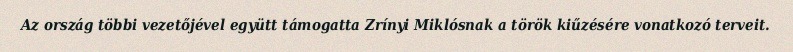
Az ország többi vezetőjével együtt támogatta Zrínyi Miklósnak a török kiűzésére vonatkozó terveit.